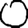
Digit: 0